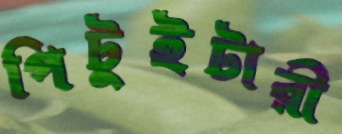
পিটুইটারী